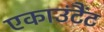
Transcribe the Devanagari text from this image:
एकाउंटैंट